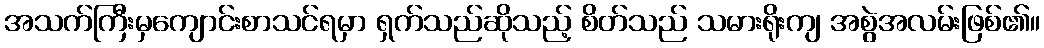
အသက်ကြီးမှကျောင်းစာသင်ရမှာ ရှက်သည်ဆိုသည့် စိတ်သည် သမားရိုးကျ အစွဲအလမ်းဖြစ်၏။